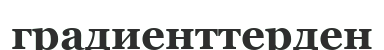
градиенттерден